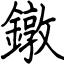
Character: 鐓